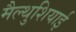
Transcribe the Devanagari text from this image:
मैल्थुशियाई